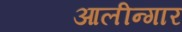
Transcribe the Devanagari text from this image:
आलीन्गार